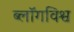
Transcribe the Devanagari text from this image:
ब्लॉगविश्व